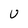
Character: U